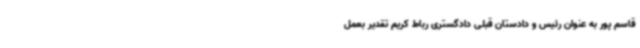
قاسم پور به عنوان رئیس و دادستان قبلی دادگستری رباط کریم تقدیر بعمل